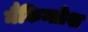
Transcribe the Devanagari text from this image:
मैकिन्तोश